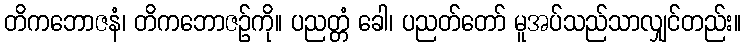
တိကဘောဇနံ၊ တိကဘောဇဉ်ကို။ ပညတ္တံ ခေါ၊ ပညတ်တော် မူအပ်သည်သာလျှင်တည်း။